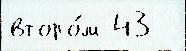
второ́м 43